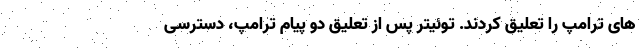
های ترامپ را تعلیق کردند. توئیتر پس از تعلیق دو پیام ترامپ، دسترسی